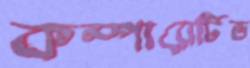
কম্পারেটিভ